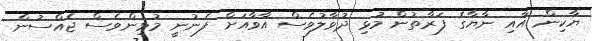
ޔާކިން އާއި ނާޔާގެ ފަރާތުން މުޅި ދުވާލުވެސް އާވާއަށް ފެނުނީ މުޅިންވެސް ޖެއްސުން